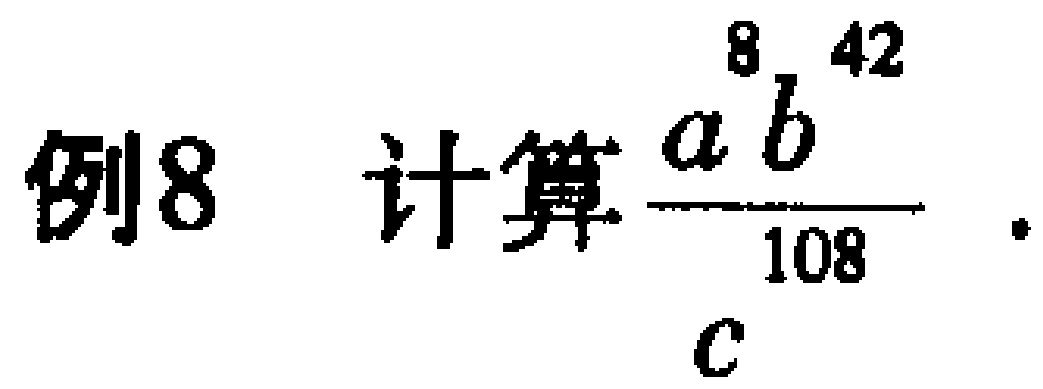
例8 计算$\frac{a^{8}b^{42}}{c^{108}}$.